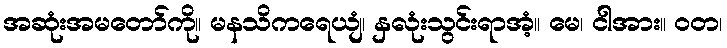
အဆုံးအမတော်ကို။ မနသိကရေယျံ၊ နှလုံးသွင်းရာအံ့။ မေ၊ ငါအား။ ဝတ၊